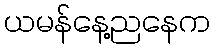
ယမန်နေ့ညနေက